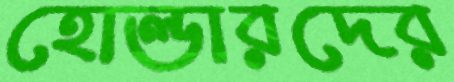
হোল্ডারদের